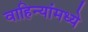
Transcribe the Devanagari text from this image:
वाहिन्यांमध्ये